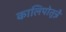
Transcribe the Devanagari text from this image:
कालिपोतुन्नै